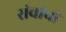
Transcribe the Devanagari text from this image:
संचांची